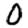
Digit: 0